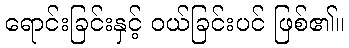
ရောင်းခြင်းနှင့် ဝယ်ခြင်းပင် ဖြစ်၏။